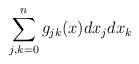
LaTeX: \begin{align*}\sum_{j,k=0}^n g_{jk}(x)dx_jdx_k\end{align*}